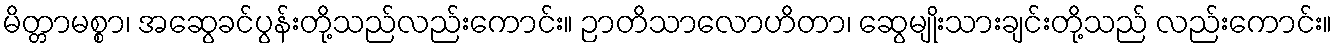
မိတ္တာမစ္စာ၊ အဆွေခင်ပွန်းတို့သည်လည်းကောင်း။ ဉာတိသာလောဟိတာ၊ ဆွေမျိုးသားချင်းတို့သည် လည်းကောင်း။